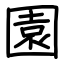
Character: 園